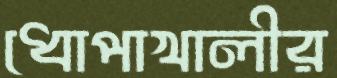
ধোপাখালীর